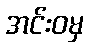
အင်းဝမှ